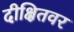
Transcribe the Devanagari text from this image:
दीक्षितवर